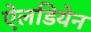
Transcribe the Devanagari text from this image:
ऐलडियेन